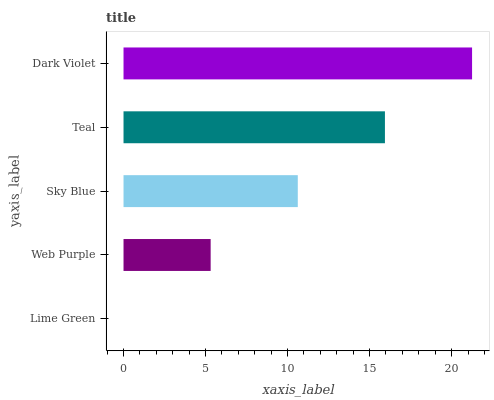
| yaxis_label | bars |
 | --- | --- |
 | Lime Green | 0 |
 | Web Purple | 5.31 |
 | Sky Blue | 10.6 |
 | Teal | 15.9 |
 | Dark Violet | 21.2 |